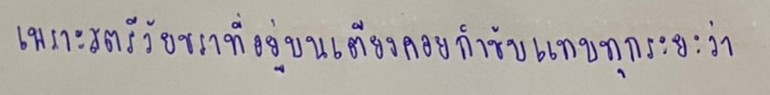
เพราะสตรีวัยชราที่อยู่บนเตียงคอยกำชับแทบทุกระยะว่า